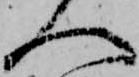
へ